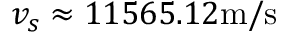
v _ { s } \approx 1 1 5 6 5 . 1 2 \mathrm { m / s }